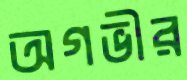
অগভীর